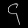
Digit: ၄